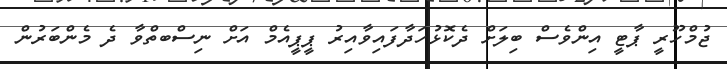
ޖުމްހޫރީ ޕާޓީ އިންވެސް ބިލަށް ދެކޮޅުހަދާފައިވާއިރު ޕީޕީއެމް އަށް ނިސްބތްވާ ދެ މެންބަރުން